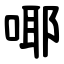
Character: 㖿